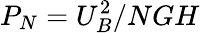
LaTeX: P_{N}={U}_{B}^{2}/NGH